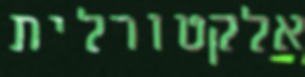
אלקטורלית